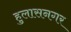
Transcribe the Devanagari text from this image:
हुलासनगर